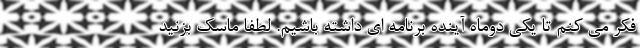
فکر می کنم تا یکی دوماه آینده برنامه ای داشته باشیم. لطفا ماسک بزنید